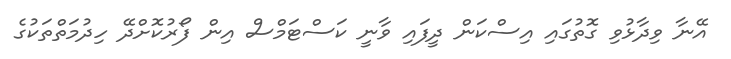
އޭނާ ވިދާޅުވި ގޮތުގައި އިސްކަން ދީފައި ވާނީ ކަސްޓަމްސް އިން ފޯރުކޮށްދޭ ހިދުމަތްތަކުގެ